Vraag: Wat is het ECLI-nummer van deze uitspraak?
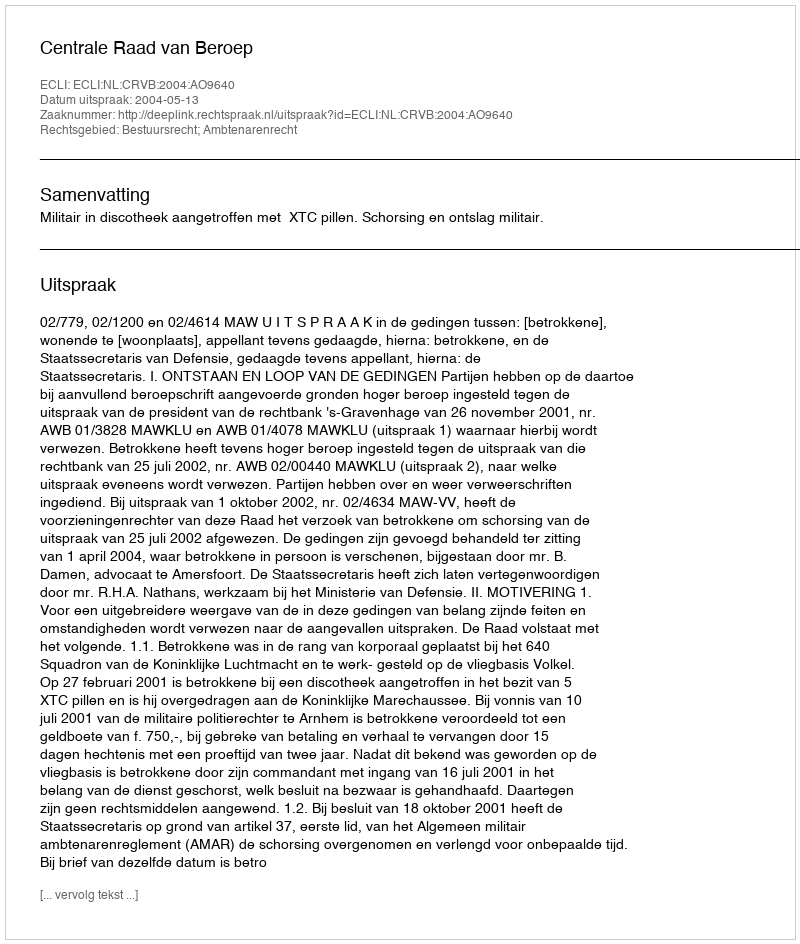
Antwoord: ECLI:NL:CRVB:2004:AO9640